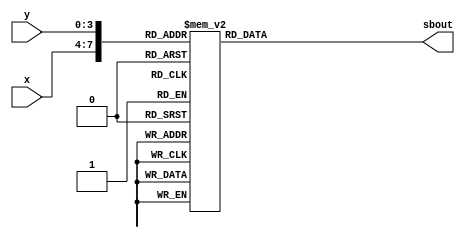
module inv_sbox(x,y,sbout);
input [0:3] x,y;
output reg [0:3] sbout;
always@(x,y)
begin
case({x,y})
8'h00:sbout =8'h52;
8'h01:sbout =8'h09;
8'h02:sbout =8'h6a;
8'h03:sbout =8'hd5;
8'h04:sbout =8'h30;
8'h05:sbout =8'h36;
8'h06:sbout =8'ha5;
8'h07:sbout =8'h38;
8'h08:sbout =8'hbf;
8'h09:sbout =8'h40;
8'h0a:sbout =8'ha3;
8'h0b:sbout =8'h9e;
8'h0c:sbout =8'h81;
8'h0d:sbout =8'hf3;
8'h0e:sbout =8'hd7;
8'h0f:sbout =8'hfb;
8'h10:sbout =8'h7c;
8'h11:sbout =8'he3;
8'h12:sbout =8'h39;
8'h13:sbout =8'h82;
8'h14:sbout =8'h9b;
8'h15:sbout =8'h2f;
8'h16:sbout =8'hff;
8'h17:sbout =8'h87;
8'h18:sbout =8'h34;
8'h19:sbout =8'h8e;
8'h1a:sbout =8'h43;
8'h1b:sbout =8'h44;
8'h1c:sbout =8'hc4;
8'h1d:sbout =8'hde;
8'h1e:sbout =8'he9;
8'h1f:sbout =8'hcb;
8'h20:sbout =8'h54;
8'h21:sbout =8'h7b;
8'h22:sbout =8'h94;
8'h23:sbout =8'h32;
8'h24:sbout =8'ha6;
8'h25:sbout =8'hc2;
8'h26:sbout =8'h23;
8'h27:sbout =8'h3d;
8'h28:sbout =8'hee;
8'h29:sbout =8'h4c;
8'h2a:sbout =8'h95;
8'h2b:sbout =8'h0b;
8'h2c:sbout =8'h42;
8'h2d:sbout =8'hfa;
8'h2e:sbout =8'hc3;
8'h2f:sbout =8'h4e;
8'h30:sbout =8'h08;
8'h31:sbout =8'h2e;
8'h32:sbout =8'ha1;
8'h33:sbout =8'h66;
8'h34:sbout =8'h28;
8'h35:sbout =8'hd9;
8'h36:sbout =8'h24;
8'h37:sbout =8'hb2;
8'h38:sbout =8'h76;
8'h39:sbout =8'h5b;
8'h3a:sbout =8'ha2;
8'h3b:sbout =8'h49;
8'h3c:sbout =8'h6d;
8'h3d:sbout =8'h8b;
8'h3e:sbout =8'hd1;
8'h3f:sbout =8'h25;
8'h40:sbout =8'h72;
8'h41:sbout =8'hf8;
8'h42:sbout =8'hf6;
8'h43:sbout =8'h64;
8'h44:sbout =8'h86;
8'h45:sbout =8'h68;
8'h46:sbout =8'h98;
8'h47:sbout =8'h16;
8'h48:sbout =8'hd4;
8'h49:sbout =8'ha4;
8'h4a:sbout =8'h5c;
8'h4b:sbout =8'hcc;
8'h4c:sbout =8'h5d;
8'h4d:sbout =8'h65;
8'h4e:sbout =8'hb6;
8'h4f:sbout =8'h92;
8'h50:sbout =8'h6c;
8'h51:sbout =8'h70;
8'h52:sbout =8'h48;
8'h53:sbout =8'h50;
8'h54:sbout =8'hfd;
8'h55:sbout =8'hed;
8'h56:sbout =8'hb9;
8'h57:sbout =8'hda;
8'h58:sbout =8'h5e;
8'h59:sbout =8'h15;
8'h5a:sbout =8'h46;
8'h5b:sbout =8'h57;
8'h5c:sbout =8'ha7;
8'h5d:sbout =8'h8d;
8'h5e:sbout =8'h9d;
8'h5f:sbout =8'h84;
8'h60:sbout =8'h90;
8'h61:sbout =8'hd8;
8'h62:sbout =8'hab;
8'h63:sbout =8'h00;
8'h64:sbout =8'h8c;
8'h65:sbout =8'hbc;
8'h66:sbout =8'hd3;
8'h67:sbout =8'h0a;
8'h68:sbout =8'hf7;
8'h69:sbout =8'he4;
8'h6a:sbout =8'h58;
8'h6b:sbout =8'h05;
8'h6c:sbout =8'hb8;
8'h6d:sbout =8'hb3;
8'h6e:sbout =8'h45;
8'h6f:sbout =8'h06;
8'h70:sbout =8'hd0;
8'h71:sbout =8'h2c;
8'h72:sbout =8'h1e;
8'h73:sbout =8'h8f;
8'h74:sbout =8'hca;
8'h75:sbout =8'h3f;
8'h76:sbout =8'h0f;
8'h77:sbout =8'h02;
8'h78:sbout =8'hc1;
8'h79:sbout =8'haf;
8'h7a:sbout =8'hbd;
8'h7b:sbout =8'h03;
8'h7c:sbout =8'h01;
8'h7d:sbout =8'h13;
8'h7e:sbout =8'h8a;
8'h7f:sbout =8'h6b;
8'h80:sbout =8'h3a;
8'h81:sbout =8'h91;
8'h82:sbout =8'h11;
8'h83:sbout =8'h41;
8'h84:sbout =8'h4f;
8'h85:sbout =8'h67;
8'h86:sbout =8'hdc;
8'h87:sbout =8'hea;
8'h88:sbout =8'h97;
8'h89:sbout =8'hf2;
8'h8a:sbout =8'hcf;
8'h8b:sbout =8'hce;
8'h8c:sbout =8'hf0;
8'h8d:sbout =8'hb4;
8'h8e:sbout =8'he6;
8'h8f:sbout =8'h73;
8'h90:sbout =8'h96;
8'h91:sbout =8'hac;
8'h92:sbout =8'h74;
8'h93:sbout =8'h22;
8'h94:sbout =8'he7;
8'h95:sbout =8'had;
8'h96:sbout =8'h35;
8'h97:sbout =8'h85;
8'h98:sbout =8'he2;
8'h99:sbout =8'hf9;
8'h9a:sbout =8'h37;
8'h9b:sbout =8'he8;
8'h9c:sbout =8'h1c;
8'h9d:sbout =8'h75;
8'h9e:sbout =8'hdf;
8'h9f:sbout =8'h6e;
8'ha0:sbout =8'h47;
8'ha1:sbout =8'hf1;
8'ha2:sbout =8'h1a;
8'ha3:sbout =8'h71;
8'ha4:sbout =8'h1d;
8'ha5:sbout =8'h29;
8'ha6:sbout =8'hc5;
8'ha7:sbout =8'h89;
8'ha8:sbout =8'h6f;
8'ha9:sbout =8'hb7;
8'haa:sbout =8'h62;
8'hab:sbout =8'h0e;
8'hac:sbout =8'haa;
8'had:sbout =8'h18;
8'hae:sbout =8'hbe;
8'haf:sbout =8'h1b;
8'hb0:sbout =8'hfc;
8'hb1:sbout =8'h56;
8'hb2:sbout =8'h3e;
8'hb3:sbout =8'h4b;
8'hb4:sbout =8'hc6;
8'hb5:sbout =8'hd2;
8'hb6:sbout =8'h79;
8'hb7:sbout =8'h20;
8'hb8:sbout =8'h9a;
8'hb9:sbout =8'hdb;
8'hba:sbout =8'hc0;
8'hbb:sbout =8'hfe;
8'hbc:sbout =8'h78;
8'hbd:sbout =8'hcd;
8'hbe:sbout =8'h5a;
8'hbf:sbout =8'hf4;
8'hc0:sbout =8'h1f;
8'hc1:sbout =8'hdd;
8'hc2:sbout =8'ha8;
8'hc3:sbout =8'h33;
8'hc4:sbout =8'h88;
8'hc5:sbout =8'h07;
8'hc6:sbout =8'hc7;
8'hc7:sbout =8'h31;
8'hc8:sbout =8'hb1;
8'hc9:sbout =8'h12;
8'hca:sbout =8'h10;
8'hcb:sbout =8'h59;
8'hcc:sbout =8'h27;
8'hcd:sbout =8'h80;
8'hce:sbout =8'hec;
8'hcf:sbout =8'h5f;
8'hd0:sbout =8'h60;
8'hd1:sbout =8'h51;
8'hd2:sbout =8'h7f;
8'hd3:sbout =8'ha9;
8'hd4:sbout =8'h19;
8'hd5:sbout =8'hb5;
8'hd6:sbout =8'h4a;
8'hd7:sbout =8'h0d;
8'hd8:sbout =8'h2d;
8'hd9:sbout =8'he5;
8'hda:sbout =8'h7a;
8'hdb:sbout =8'h9f;
8'hdc:sbout =8'h93;
8'hdd:sbout =8'hc9;
8'hde:sbout =8'h9c;
8'hdf:sbout =8'hef;
8'he0:sbout =8'ha0;
8'he1:sbout =8'he0;
8'he2:sbout =8'h3b;
8'he3:sbout =8'h4d;
8'he4:sbout =8'hae;
8'he5:sbout =8'h2a;
8'he6:sbout =8'hf5;
8'he7:sbout =8'hb0;
8'he8:sbout =8'hc8;
8'he9:sbout =8'heb;
8'hea:sbout =8'hbb;
8'heb:sbout =8'h3c;
8'hec:sbout =8'h83;
8'hed:sbout =8'h53;
8'hee:sbout =8'h99;
8'hef:sbout =8'h61;
8'hf0:sbout =8'h17;
8'hf1:sbout =8'h2b;
8'hf2:sbout =8'h04;
8'hf3:sbout =8'h7e;
8'hf4:sbout =8'hba;
8'hf5:sbout =8'h77;
8'hf6:sbout =8'hd6;
8'hf7:sbout =8'h26;
8'hf8:sbout =8'he1;
8'hf9:sbout =8'h69;
8'hfa:sbout =8'h14;
8'hfb:sbout =8'h63;
8'hfc:sbout =8'h55;
8'hfd:sbout =8'h21;
8'hfe:sbout =8'h0c;
8'hff:sbout =8'h7d;
endcase
end
endmodule
module inv_key_gen(temp_key,mx_key,rcon,ko,r_key);

input [0:127] temp_key,mx_key;
input [0:31] rcon;
output [0:127] ko,r_key;
wire [0:127] ko;

//shifting operation

wire [0:127] key,key2;
assign key[0:95]    = temp_key[0:95];
assign key[96:103]  = temp_key[104:111];
assign key[104:111] = temp_key[112:119];
assign key[112:119] = temp_key[120:127];
assign key[120:127] = temp_key[96:103];

//sub_bytes operation

inv_sbox s1(key[96:99],key[100:103],key2[96:103]);
inv_sbox s2(key[104:107],key[108:111],key2[104:111]);
inv_sbox s3(key[112:115],key[116:119],key2[112:119]);
inv_sbox s4(key[120:123],key[124:127],key2[120:127]);

//multiplication with rcon values
//xor with different columns
//ko is also numbered column wise

assign ko[0:31]  = key2[96:127]^key[0:31]^rcon[0:31]; 
assign ko[32:63]  = key2[96:127]^key[0:31]^key[32:63]^rcon[0:31]; 
assign ko[64:95]  = key2[96:127]^key[0:31]^key[32:63]^key[64:95]^rcon[0:31]; 
assign ko[96:127]  = key2[96:127]^key[0:31]^key[32:63]^key[64:95]^temp_key[96:127]^rcon[0:31]; 

//add round operation

assign r_key[0:127] = mx_key[0:127]^ko[0:127];


endmodule